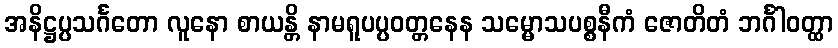
အနိဋ္ဌပ္ပသင်္ဂတော လူနော စာယန္တိ နာမရူပပ္ပဝတ္တနေန သမ္မောသပစ္စနီကံ ဇောတိတံ ဘင်္ဂါဝတ္ထာ